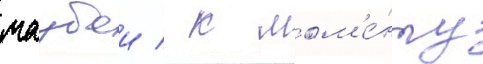
маубои / к мом'е́нту